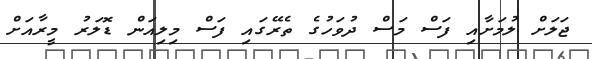
ޖަލަށް ލުމަށާއި ފަސް މަސް ދުވަހުގެ ތެރޭގައި ފަސް މިލިއަން ޑޮލަަރު މީރާއަށް